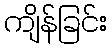
ကျိန်ခြင်း